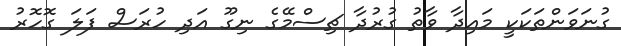
ގުނަވަންތަކަކީ މައިދާ ވާތު ގުރުދާ ޗިސްމޭގެ ނިގޫ އަދި ހުރަސް ފަލަ ގޮހޮރު